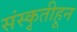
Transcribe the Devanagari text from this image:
संस्कृतीहून